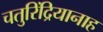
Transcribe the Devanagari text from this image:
चतुरिंद्रियानाह